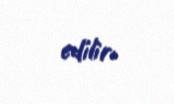
edilir.